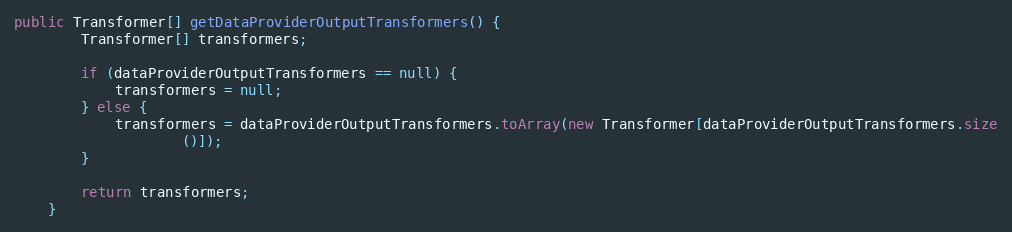
Language: Java
public Transformer[] getDataProviderOutputTransformers() {
        Transformer[] transformers;

        if (dataProviderOutputTransformers == null) {
            transformers = null;
        } else {
            transformers = dataProviderOutputTransformers.toArray(new Transformer[dataProviderOutputTransformers.size
                    ()]);
        }

        return transformers;
    }